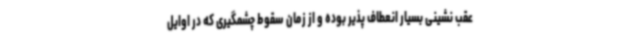
عقب نشینی بسیار انعطاف پذیر بوده و از زمان سقوط چشمگیری که در اوایل